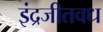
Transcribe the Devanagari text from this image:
इंद्रजीतवध